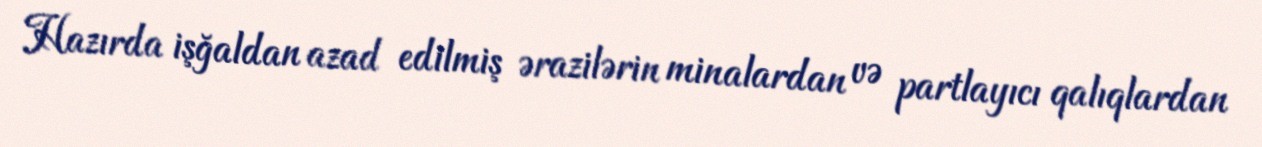
Hazırda işğaldan azad edilmiş ərazilərin minalardan və partlayıcı qalıqlardan